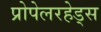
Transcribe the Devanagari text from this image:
प्रोपेलरहेड्स